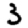
Digit: 3